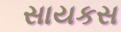
સાયકસ